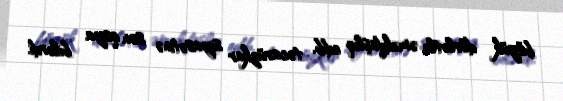
böyük dövlətlə əməkdaşlıq edib, təcavüzkar siyasətinə son qoya bilərdi.